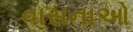
વાસનાઓ